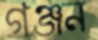
গঞ্জন